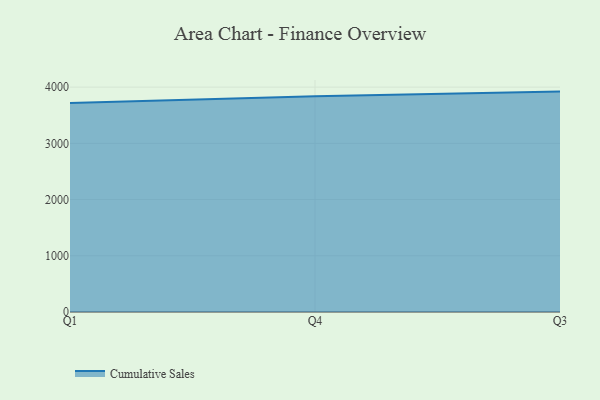
{"axis": {"x": "Quarter", "y": "Latency (ms)"}, "legend": ["Cumulative Sales"], "data": [{"x": "Q1", "y": 3716.7, "type": "Cumulative Sales"}, {"x": "Q4", "y": 3836.0, "type": "Cumulative Sales"}, {"x": "Q3", "y": 3920.7, "type": "Cumulative Sales"}]}